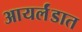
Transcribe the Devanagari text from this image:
आयर्लंडात